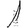
Digit: 1